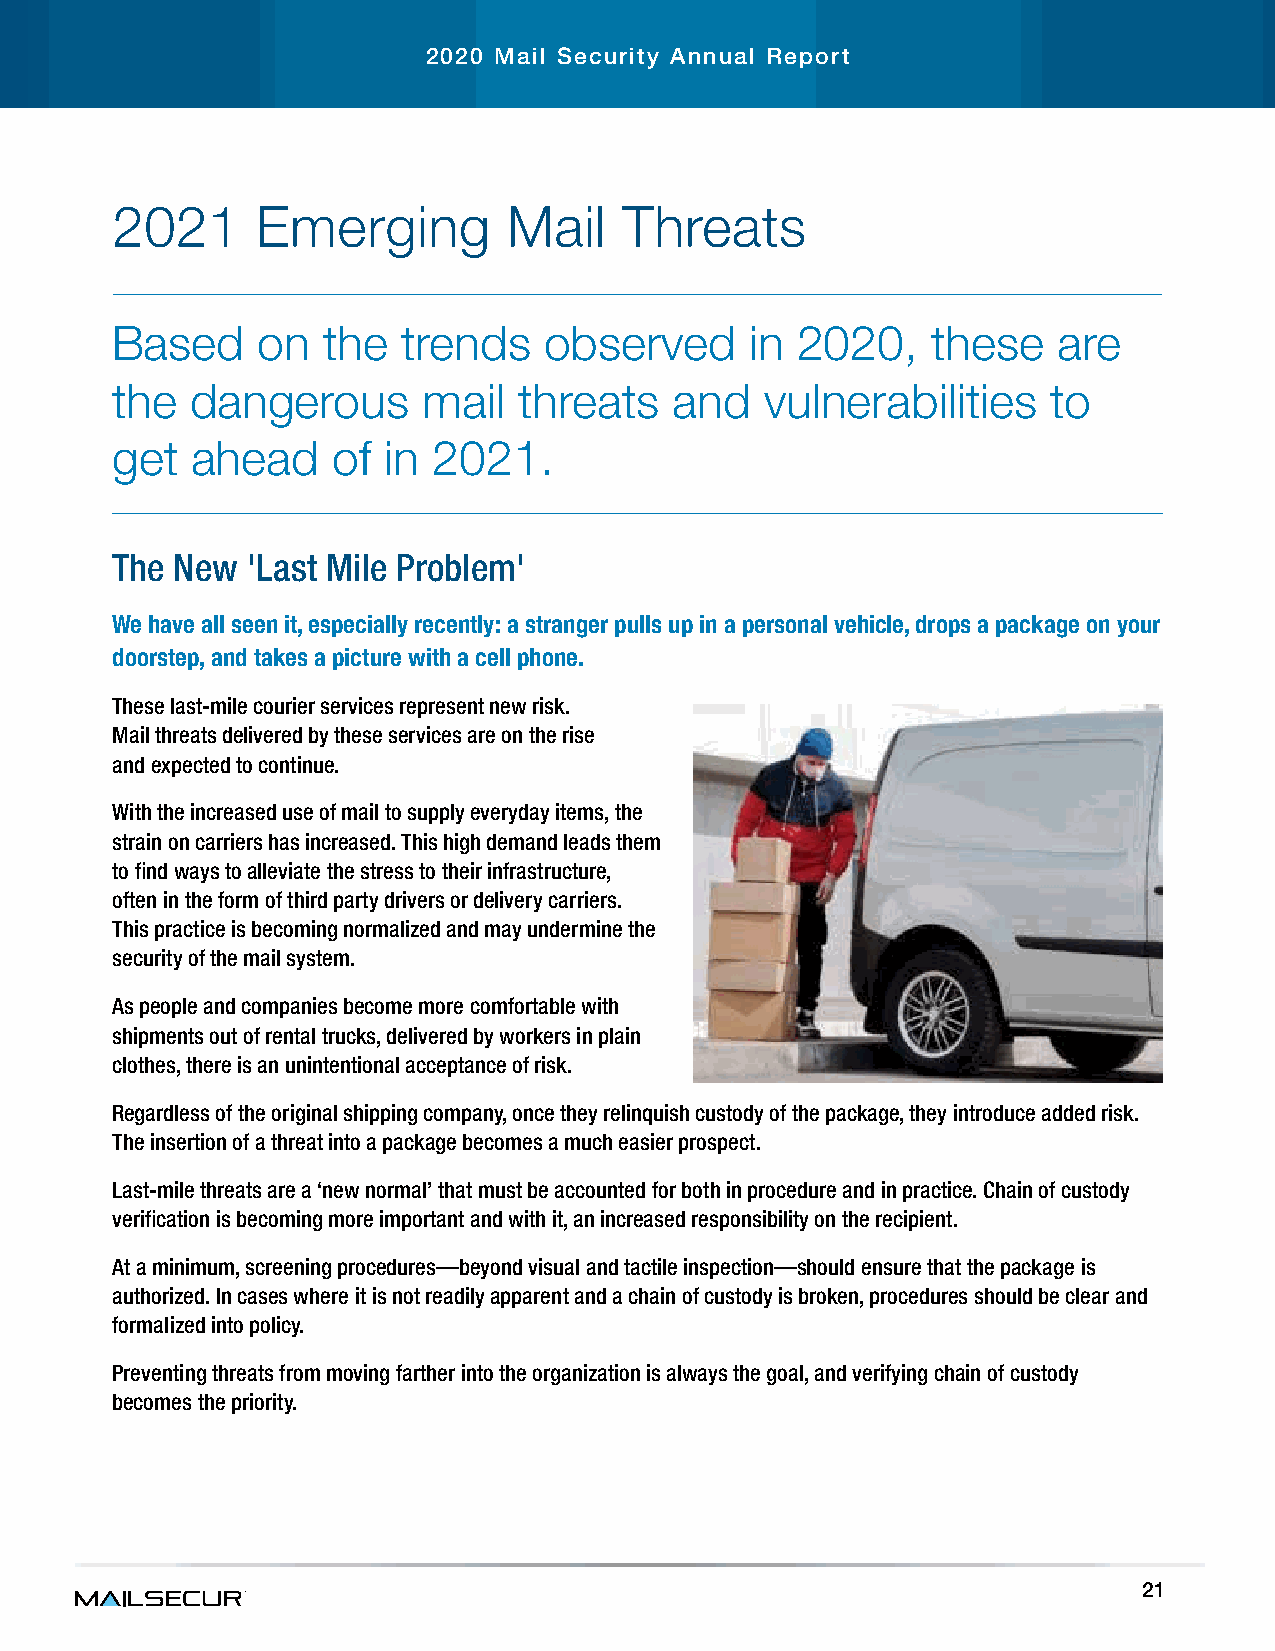
2020 Mail Security Annual Report
 2021      Emerging         Mail   Threats
 Based     on  the   trends   observed      in 2020,    these   are
 the   dangerous      mail  threats    and   vulnerabilities    to
 get   ahead    of in  2021.
 The  New 'Last Mile Problem'
 We have all seen it, especially recently: a stranger pulls up in a personal vehicle, drops a package on your
 doorstep, and takes a picture with a cell phone
 These last-mile courier services represent new risk.
 Mail threats delivered by these services are on the rise
 and expected to continue.
 With the increased use of mail to supply everyday items, the
 strain on carriers has increased. This high demand leads them
 to find ways to alleviate the stress to their infrastructure,
 often in the form of third party drivers or delivery carriers.
 This practice is becoming normalized and may undermine the
 security of the mail system.
 As people and companies become more comfortable with
 shipments out of rental trucks, delivered by workers in plain
 clothes, there is an unintentional acceptance of risk.
 Regardless of the original shipping company, once they relinquish custody of the package, they introduce added risk.
 The insertion of a threat into a package becomes a much easier prospect.
 Last-mile threats are a ‘new normal’ that must be accounted for both in procedure and in practice. Chain of custody
 verification is becoming more important and with it, an increased responsibility on the recipient.
 At a minimum, screening procedures—beyond visual and tactile inspection—should ensure that the package is
 authorized. In cases where it is not readily apparent and a chain of custody is broken, procedures should be clear and
 formalized into policy.
 Preventing threats from moving farther into the organization is always the goal, and verifying chain of custody
 becomes the priority.
 21